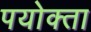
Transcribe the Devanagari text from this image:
पयोक्ता